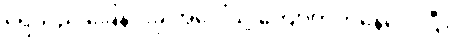
ရေသည် ခြေနင်းခုံ အပေါ်သို့ ကျော်တက်နေလေပြီ။